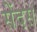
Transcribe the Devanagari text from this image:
सेंदस